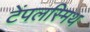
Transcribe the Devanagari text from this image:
टेंपलस्मिथ